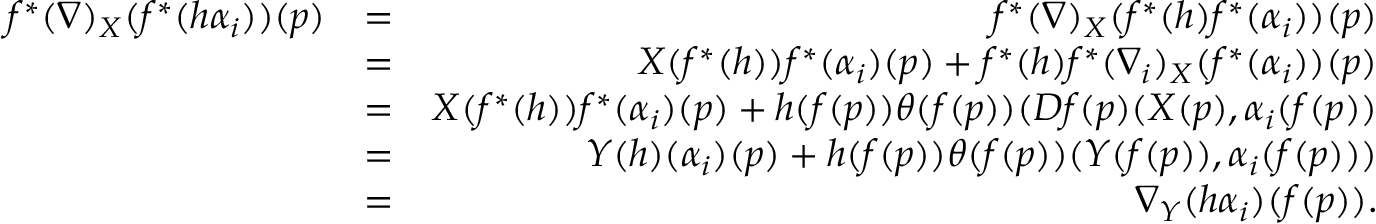
\begin{array} { r l r } { f ^ { * } ( \nabla ) _ { X } ( f ^ { * } ( h \alpha _ { i } ) ) ( p ) } & { = } & { f ^ { * } ( \nabla ) _ { X } ( f ^ { * } ( h ) f ^ { * } ( \alpha _ { i } ) ) ( p ) } \\ & { = } & { X ( f ^ { * } ( h ) ) f ^ { * } ( \alpha _ { i } ) ( p ) + f ^ { * } ( h ) f ^ { * } ( \nabla _ { i } ) _ { X } ( f ^ { * } ( \alpha _ { i } ) ) ( p ) } \\ & { = } & { X ( f ^ { * } ( h ) ) f ^ { * } ( \alpha _ { i } ) ( p ) + h ( f ( p ) ) \theta ( f ( p ) ) ( D f ( p ) ( X ( p ) , \alpha _ { i } ( f ( p ) ) } \\ & { = } & { Y ( h ) ( \alpha _ { i } ) ( p ) + h ( f ( p ) ) \theta ( f ( p ) ) ( Y ( f ( p ) ) , \alpha _ { i } ( f ( p ) ) ) } \\ & { = } & { \nabla _ { Y } ( h \alpha _ { i } ) ( f ( p ) ) . } \end{array}